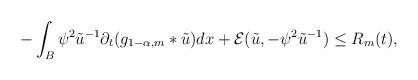
LaTeX: \begin{align*}-\int_{B}\psi^{2}\tilde{u}^{-1}\partial_{t}(g_{1-\alpha,m}*\tilde{u})dx + \mathcal{E}(\tilde{u},-\psi^{2}\tilde{u}^{-1}) \leq R_{m}(t),\end{align*}